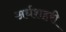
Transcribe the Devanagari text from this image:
अर्धशहरी